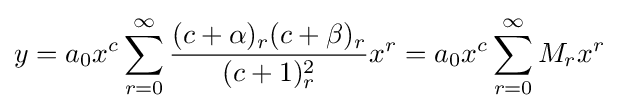
y=a_{0}x^{c}\sum _{r=0}^{\infty }{\frac {(c+\alpha )_{r}(c+\beta )_{r}}{(c+1)_{r}^{2}}}x^{r}=a_{0}x^{c}\sum _{r=0}^{\infty }M_{r}x^{r}